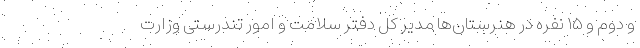
و دوم و ۱۵ نفره در هنرستان‌ها مدیر کل دفتر سلامت و امور تندرستی وزارت